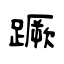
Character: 蹶